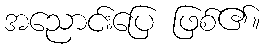
အညောင်းပြေ ဖြစ်၏။